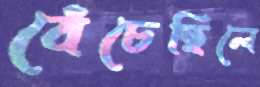
বেঁচেছিলে